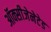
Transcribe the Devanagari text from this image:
ऑक्सीजेनेटेड